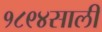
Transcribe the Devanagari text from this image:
१८९४साली